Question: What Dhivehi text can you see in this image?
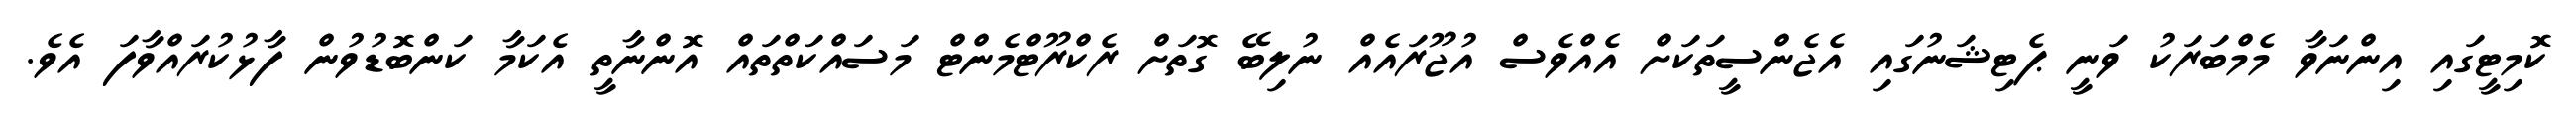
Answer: ކޮމިޓީގައި އިންނަވާ މެމްބަރަކު ވަނީ ޕެޓިޝަނުގައި އެޖެންސީތަކަށް އެއްވެސް އުޖޫރައެއް ނުލިބޭ ގޮތަށް ރެކްރޫޓްމެންޓް މަސައްކަތްތައް އޮންނާތީ އެކަމާ ކަންބޮޑުވުން ފާޅުކުރައްވާފަ އެވެ.